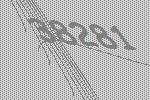
38281